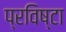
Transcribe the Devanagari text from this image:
प्रविष्टा